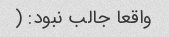
واقعا جالب نبود: (